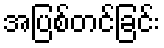
အပြစ်တင်ခြင်း